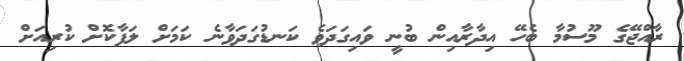
ރާއްޖޭގެ މޫސުމާ ބެހޭ އިދާރާއިން ބުނީ ވައިގަދަވެ ކަނޑުގަދަވާނެ ކަމަށް ލަފާކޮށް ކުރިއަށް